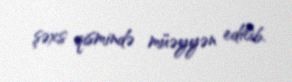
şəxs qismində müəyyən edilib.